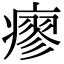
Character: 瘳